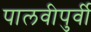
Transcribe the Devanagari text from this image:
पालवीपुर्वी